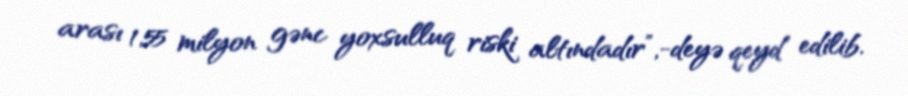
arası 1,55 milyon gənc yoxsulluq riski altındadır”,-deyə qeyd edilib.